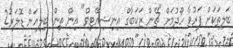
ބަލިތަކަށް ފަރުވާ ހޯދުމަށް "ޗޭން ޒަކަބާގް އިނިޝިއޭޓިވް" އިން ތިން ބިލިއަން ޑޮލަރު2